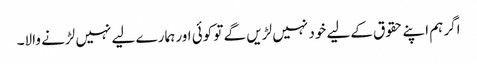
اگر ہم اپنے حقوق کےلیے خود نہیں لڑیں گے تو کوئی اور ہمارے لیے نہیں لڑنے والا۔